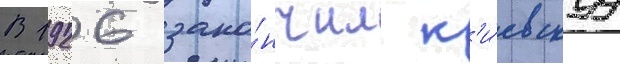
В 1926 зако́нчил к'и́евскуу